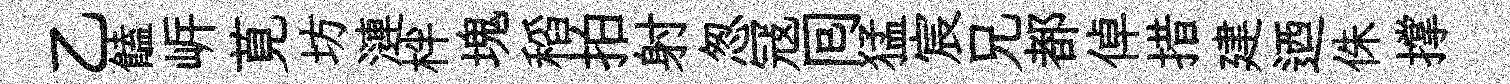
乙饁㟁莧坊漣柈塊稻拍射怱冦囘猛宸兄都倬措建迺侏撑